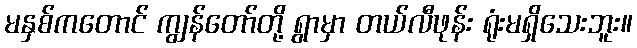
မနှစ်ကတောင် ကျွန်တော်တို့ ရွာမှာ တယ်လီဖုန်း ရုံးမရှိသေးဘူး။